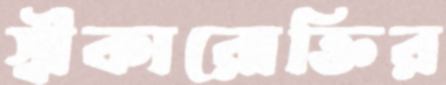
স্বীকারোক্তির